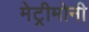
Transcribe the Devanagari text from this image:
मेट्रीमोनी